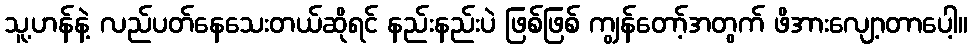
သူ့ဟန်နဲ့ လည်ပတ်နေသေးတယ်ဆိုရင် နည်းနည်းပဲ ဖြစ်ဖြစ် ကျွန်တော့်အတွက် ဖိအားလျော့တာပေါ့။